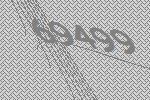
69499